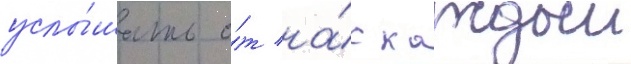
услы́шать о́т на́с каждыи